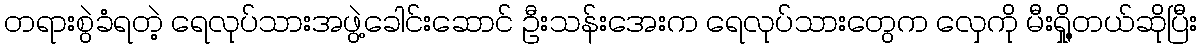
တရားစွဲခံရတဲ့ ရေလုပ်သားအဖွဲ့ခေါင်းဆောင် ဦးသန်းအေးက ရေလုပ်သားတွေက လှေကို မီးရှို့တယ်ဆိုပြီး